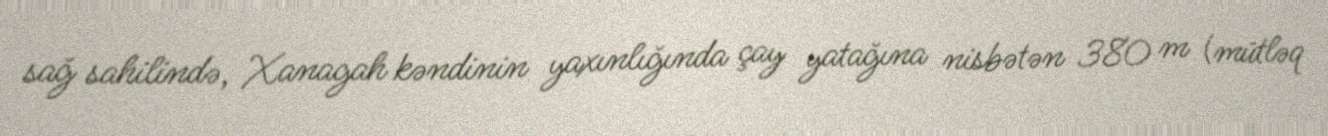
sağ sahilində, Xanagah kəndinin yaxınlığında çay yatağına nisbətən 380 m (mütləq